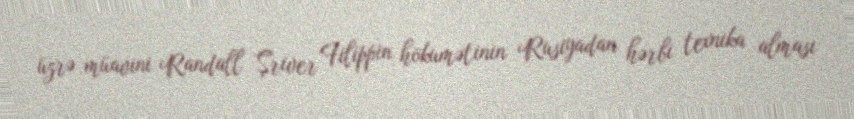
üzrə müavini Randall Şriver Filippin hökumətinin Rusiyadan hərbi texnika alması